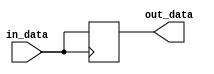
module io_block (
    input wire in_data,
    output reg out_data
);

// D flip-flop for storing input data
reg in_reg;
always @(posedge in_data)
    in_reg <= in_data;

// Output buffer to transmit data
always @(*)
    out_data <= in_reg;

endmodule